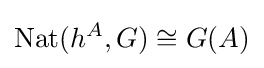
\mathrm {Nat} (h^{A},G)\cong G(A)